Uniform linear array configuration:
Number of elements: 64
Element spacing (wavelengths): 0.75
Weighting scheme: hamming
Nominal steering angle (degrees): -30
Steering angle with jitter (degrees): -29.846
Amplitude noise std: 0.05
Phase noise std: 0.05

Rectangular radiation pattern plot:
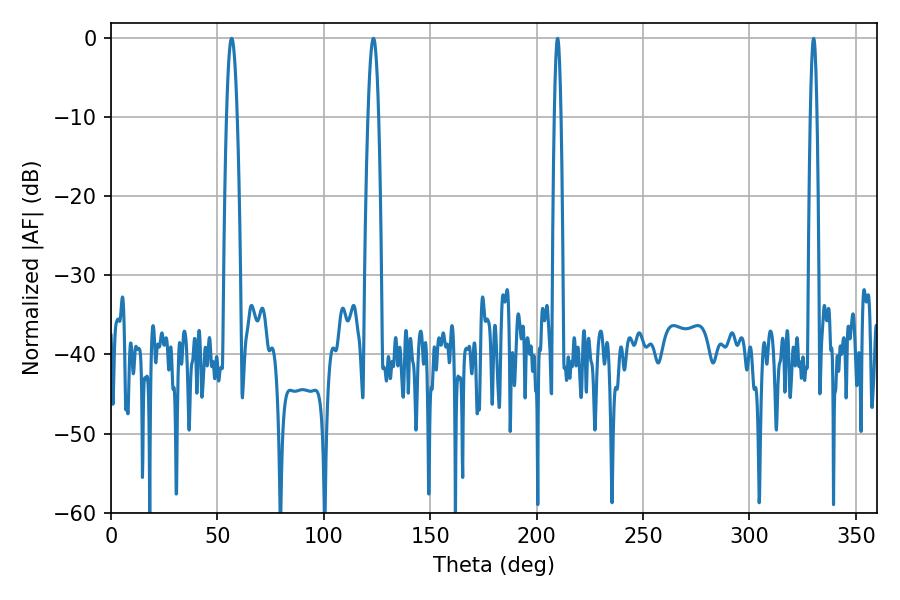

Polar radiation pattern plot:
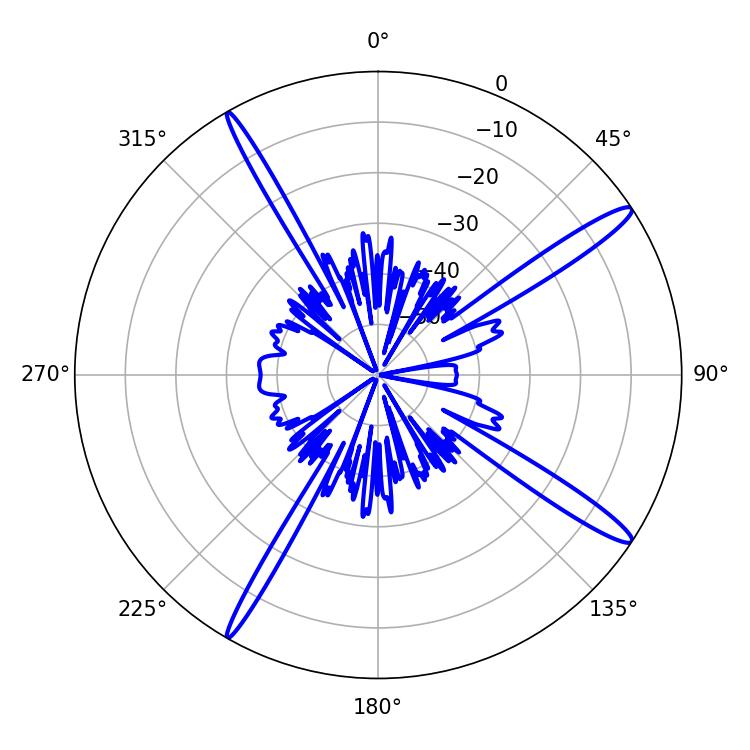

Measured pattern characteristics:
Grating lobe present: TRUE
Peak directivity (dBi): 15.625
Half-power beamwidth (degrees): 2.7
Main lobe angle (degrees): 56.7